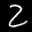
Label: 2